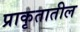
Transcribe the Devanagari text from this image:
प्राकृतातील